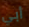
أبي